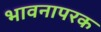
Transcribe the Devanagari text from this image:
भावनापरक